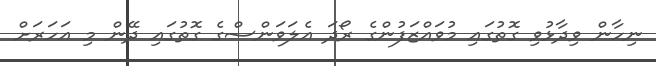
ނިހާން ވިދާޅުވި ގޮތުގައި މުވައްޒަފުންގެ ރޯދަ އެލަވަންސްގެ ގޮތުގައި ދޭން މި އަހަރަށް